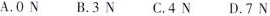
A.0N B.3N C.4N D.7N